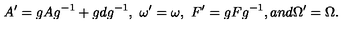
A ^ { \prime } = g A g ^ { - 1 } + g d g ^ { - 1 } , \ \omega ^ { \prime } = \omega , \ F ^ { \prime } = g F g ^ { - 1 } , a n d \Omega ^ { \prime } = \Omega .